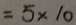
= 5 \times 1 0